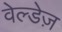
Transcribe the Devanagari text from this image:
वेल्डेज़